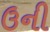
ઉની